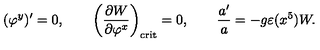
( \varphi ^ { y } ) ^ { \prime } = 0 , \qquad \left( { \frac { \partial W } { \partial \varphi ^ { x } } } \right) _ { \mathrm { c r i t } } = 0 , \qquad \frac { a ^ { \prime } } { a } = - g \varepsilon ( x ^ { 5 } ) W .